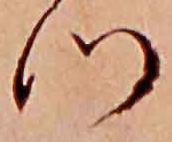
つ